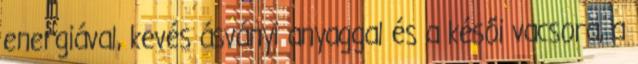
energiával, kevés ásványi anyaggal és a késői vacsora, a